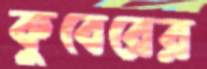
কুবেরের